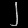
Digit: ၂